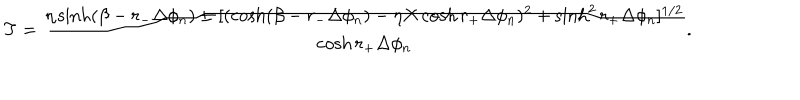
T = { \frac { \eta \sinh ( \beta - r _ { - } \Delta \phi _ { n } ) \pm [ ( \cosh ( \beta - r _ { - } \Delta \phi _ { n } ) - \eta X \cosh r _ { + } \Delta \phi _ { n } ) ^ { 2 } + \sinh ^ { 2 } r _ { + } \Delta \phi _ { n } ] ^ { 1 / 2 } } { \cosh r _ { + } \Delta \phi _ { n } } } .